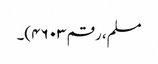
مسلم، رقم ۴۶۰۳)۔